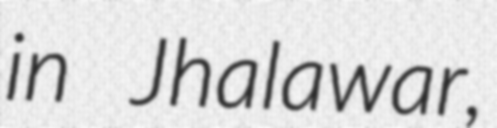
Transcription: in Jhalawar,